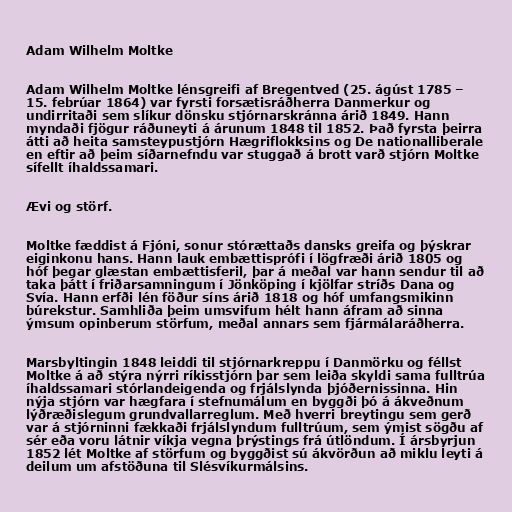
Adam Wilhelm Moltke

Adam Wilhelm Moltke lénsgreifi af Bregentved (25. ágúst 1785 –
15. febrúar 1864) var fyrsti forsætisráðherra Danmerkur og
undirritaði sem slíkur dönsku stjórnarskránna árið 1849. Hann
myndaði fjögur ráðuneyti á árunum 1848 til 1852. Það fyrsta þeirra
átti að heita samsteypustjórn Hægriflokksins og De nationalliberale
en eftir að þeim síðarnefndu var stuggað á brott varð stjórn Moltke
sífellt íhaldssamari.

Ævi og störf.

Moltke fæddist á Fjóni, sonur stórættaðs dansks greifa og þýskrar
eiginkonu hans. Hann lauk embættisprófi í lögfræði árið 1805 og
hóf þegar glæstan embættisferil, þar á meðal var hann sendur til að
taka þátt í friðarsamningum í Jönköping í kjölfar stríðs Dana og
Svía. Hann erfði lén föður síns árið 1818 og hóf umfangsmikinn
búrekstur. Samhliða þeim umsvifum hélt hann áfram að sinna
ýmsum opinberum störfum, meðal annars sem fjármálaráðherra.

Marsbyltingin 1848 leiddi til stjórnarkreppu í Danmörku og féllst
Moltke á að stýra nýrri ríkisstjórn þar sem leiða skyldi sama fulltrúa
íhaldssamari stórlandeigenda og frjálslynda þjóðernissinna. Hin
nýja stjórn var hægfara í stefnumálum en byggði þó á ákveðnum
lýðræðislegum grundvallarreglum. Með hverri breytingu sem gerð
var á stjórninni fækkaði frjálslyndum fulltrúum, sem ýmist sögðu af
sér eða voru látnir víkja vegna þrýstings frá útlöndum. Í ársbyrjun
1852 lét Moltke af störfum og byggðist sú ákvörðun að miklu leyti á
deilum um afstöðuna til Slésvíkurmálsins.